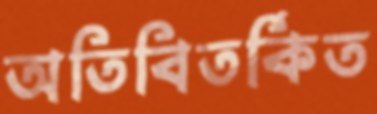
অতিবিতর্কিত